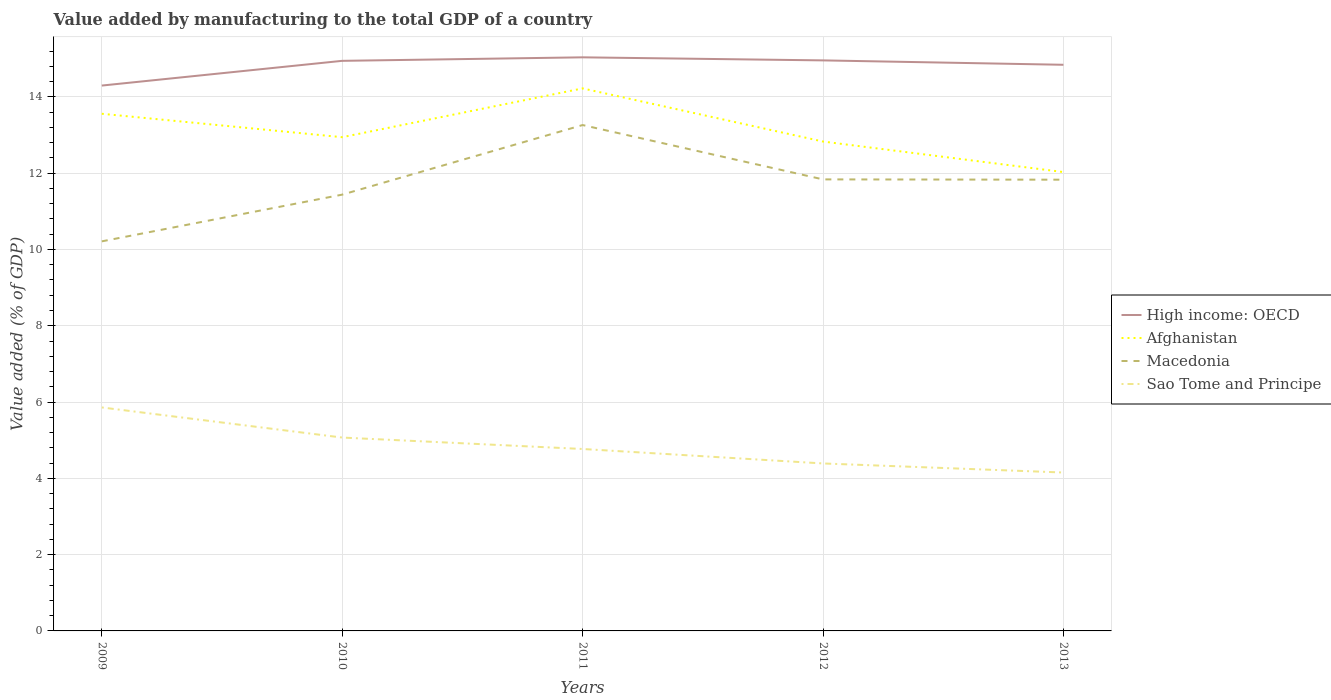
| Years | High income: OECD | Afghanistan | Macedonia | Sao Tome and Principe |
 | --- | --- | --- | --- | --- |
 | 2009 | 14.3 | 13.6 | 10.2 | 5.86 |
 | 2010 | 14.9 | 12.9 | 11.4 | 5.07 |
 | 2011 | 15 | 14.2 | 13.3 | 4.77 |
 | 2012 | 15 | 12.8 | 11.8 | 4.39 |
 | 2013 | 14.8 | 12 | 11.8 | 4.15 |